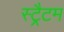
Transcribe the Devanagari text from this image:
स्ट्रैटम